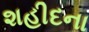
શહીદના